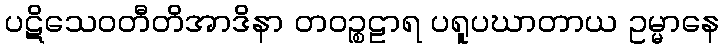
ပဋိသေဝတီတိအာဒိနာ တဝဉ္စဠာရ ပရူပဃာတာယ ဥမ္မာနေ